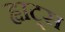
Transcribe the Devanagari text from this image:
ह्वाट्‍स